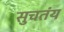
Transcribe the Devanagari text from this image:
सुचतंय